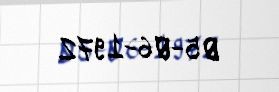
05-06-1972